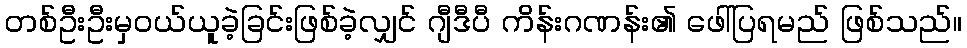
တစ်ဦးဦးမှဝယ်ယူခဲ့ခြင်းဖြစ်ခဲ့လျှင် ဂျီဒီပီ ကိန်းဂဏန်း၏ ဖေါ်ပြရမည် ဖြစ်သည်။